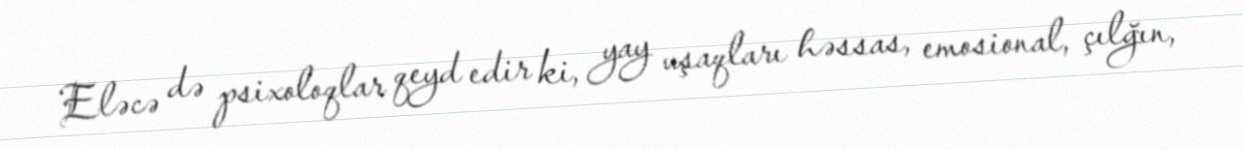
Eləcə də psixoloqlar qeyd edir ki, yay uşaqları həssas, emosional, çılğın,